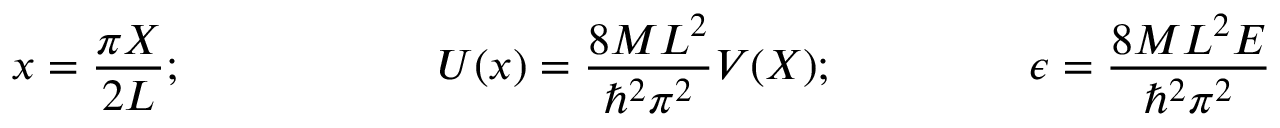
x = \frac { \pi X } { 2 L } ; \ \ \ \ \ \ \ \ \ \ \ \ \ \ \ \ \ U ( x ) = \frac { 8 M L ^ { 2 } } { \hbar ^ { 2 } \pi ^ { 2 } } V ( X ) ; \ \ \ \ \ \ \ \ \ \ \ \ \ \epsilon = \frac { 8 M L ^ { 2 } E } { \hbar ^ { 2 } \pi ^ { 2 } }